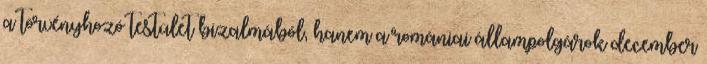
a törvényhozó testület bizalmából, hanem a romániai állampolgárok december